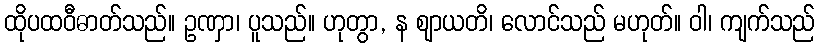
ထိုပထဝီဓာတ်သည်။ ဥဏှာ၊ ပူသည်။ ဟုတွာ, န ဈာယတိ၊ လောင်သည် မဟုတ်။ ဝါ၊ ကျက်သည်